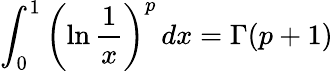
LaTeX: \int_{0}^{1}\left(\ln{\frac{1}{x}}\right)^{p}\, dx=\Gamma(p+1)